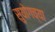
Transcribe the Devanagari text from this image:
सुयोगच्या